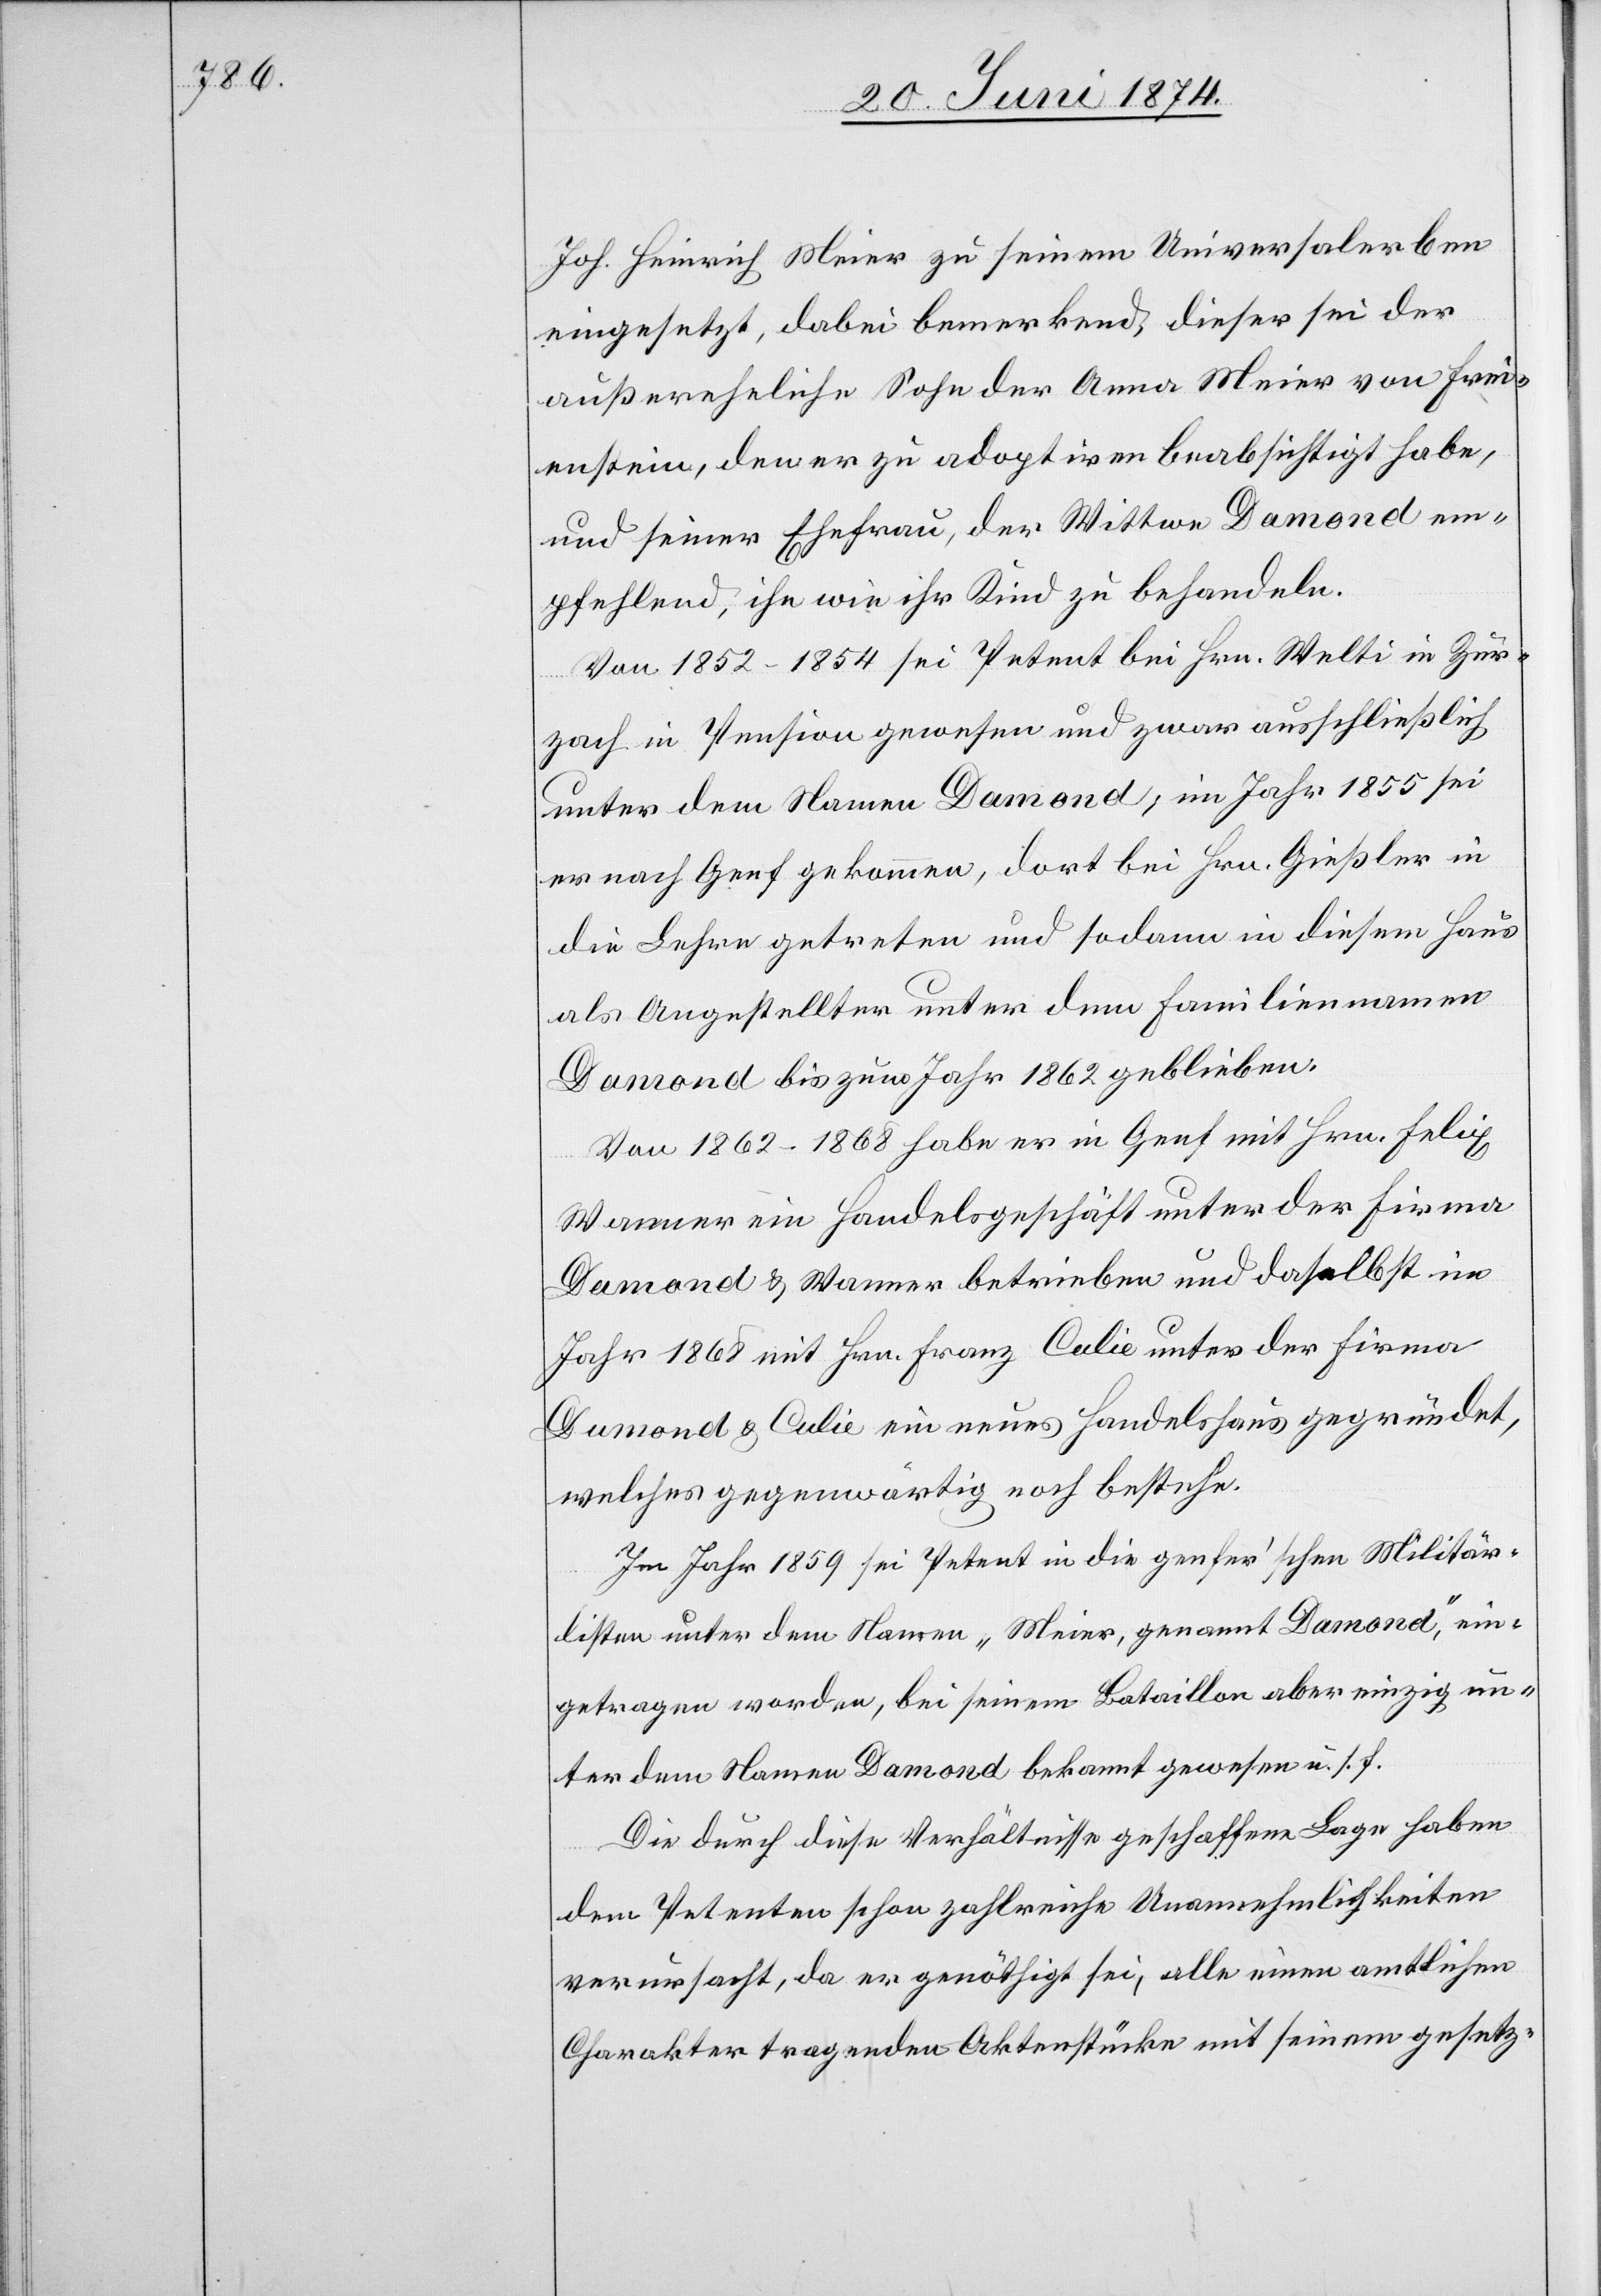
Joh. Heinrich Meier zu seinem Universalerben
eingesetzt, dabei bemerkend, dieser sei der
außereheliche Sohn der Anna Meier von Frei¬
enstein, den er zu adoptiren beabsichtigt habe,
und seiner Ehefrau, der Wittwe Damond em¬
pfehlend, ihn wie ihr Kind zu behandeln.
Von 1852–1854 sei Petent bei Hrn. Welti in Zur¬
zach in Pension gewesen und zwar ausschließlich
unter dem Namen Damond; im Jahr 1855 sei
es nach Genf gekommen, dort bei Hrn. Gießler in
die Lehre getreten und sodann in diesem Haus
als Angestellter unter dem Familiennamen
Damond bis zum Jahr 1862 geblieben.
Von 1862–1868 habe er in Genf mit Hrn. Felix
Wanner ein Handelsgeschäft unter der Firma
Damond u. Wanner betrieben und daselbst im
Jahr 1868 mit Hrn. Franz Culie unter der Firma
Damond u. Culie ein neues Handelshaus gegründet,
welches gegenwärtig noch bestehe.
Im Jahr 1859 sei Petent in die genfer’schen Militär¬
listen unter dem Namen „Meier, genannt Damond“, ein¬
getragen worden, bei seinem Bataillon aber einzig un¬
ter dem Namen Damond bekannt gewesen u. s. f.
Die durch diese Verhältnisse geschaffene Lage haben
dem Petenten schon zahlreiche Unannehmlichkeiten
verursacht, da er genöthigt sei, alle einen amtlichen
Charakter tragenden Aktenstücke mit seinem gesetz-